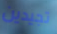
تجيدين